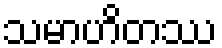
သမာဟိတဿ